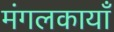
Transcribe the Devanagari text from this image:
मंगलकायाँ